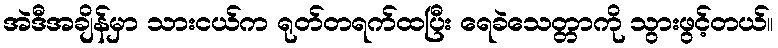
အဲဒီအချိန်မှာ သားငယ်က ရုတ်တရက်ထပြီး ရေခဲသေတ္တာကို သွားဖွင့်တယ်။